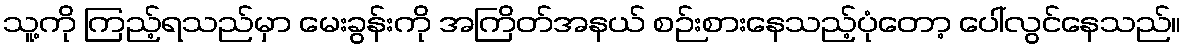
သူ့ကို ကြည့်ရသည်မှာ မေးခွန်းကို အကြိတ်အနယ် စဉ်းစားနေသည့်ပုံတော့ ပေါ်လွင်နေသည်။